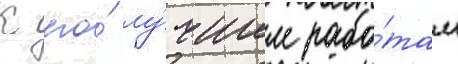
К его́ лу́чшим рабо́там